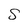
Character: S